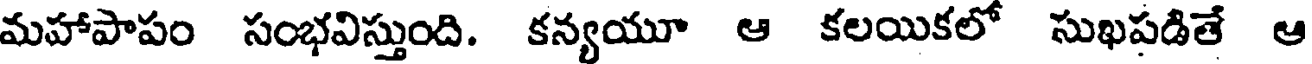
మహాపాపం సంభవిస్తుంది. కన్యయూ ఆ కలయికలో సుఖపడితే ఆ